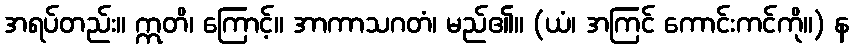
အရပ်တည်း။ ဣတိ၊ ကြောင့်။ အာကာသဂတံ၊ မည်၏။ (ယံ၊ အကြင် ကောင်းကင်ကို။) န